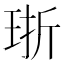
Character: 𪻢